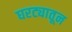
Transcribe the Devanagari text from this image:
घरट्यातून